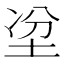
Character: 𡋇